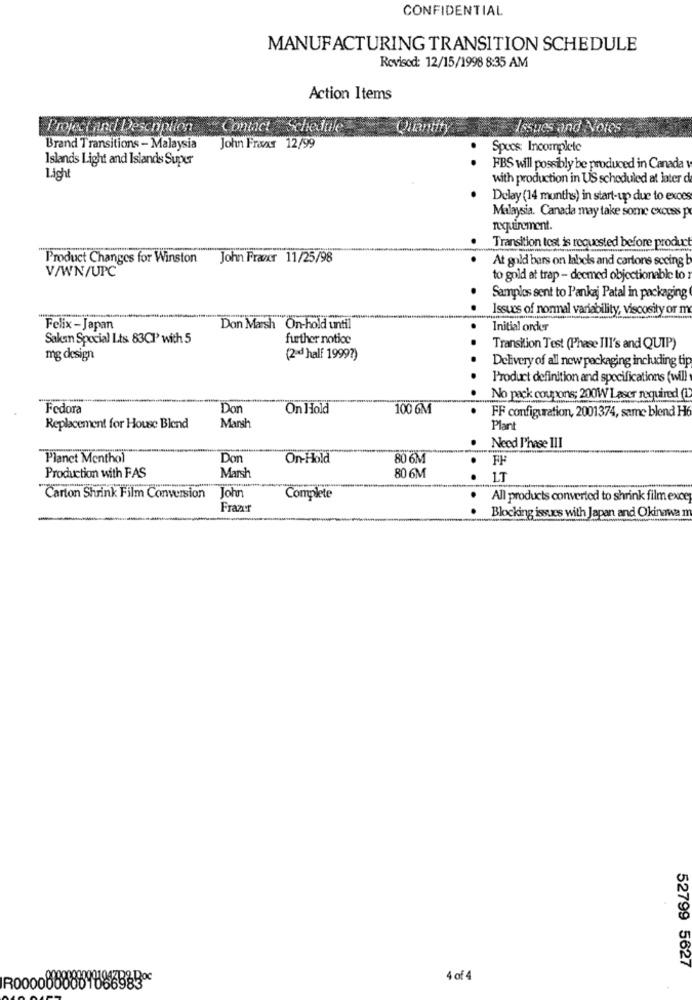
CONFIDENTIAL
MANUFACTURING TRANSITION SCHEDULE
Revised: 12/15/1998 8:35 AM
Action Items
ectand Descriplion
Contact Schedule
Quantity
Issues and Notes
Brand Transitions - Malaysia
John Fras 12/99
Specs: Incomplete
Islands Light and Islands Super
. .
FBS will possibly be produced in Canada
Light
with production in US scheduled at later d
Delay (14 months) in start-up due to exces
Malaysia. Canada may take some excess p
requirement.
Transition test is requested before product
Product Changes for Winston
John Frazer 11/25/98
At gold bars on labels and cartons secing
V/WN/UPC
to goid at trap - deemed objectionable to
Samples sent to l'ankaj Patal in packaging
. .
Issues of normal variability, viscosity or m
Felix -Japan
Don Marsh On-hold until
.
Initial order
Saken Special Lts 83Cl with 5
further notice
Transition Test (Phase Ill's and QUIP)
mg design
(2-d half 1999?)
. .
Delivery of all new packaging including tip
Product definition and specifications (will
No pack coupons; 200W Laser required (L
Fedora
Don
On Hold
100 6M
.
FF configuration, 2001374, same blend Hé
Replacement for House Blend
Marsh
Plant
.
Need l'hase III
Planet Menthol
Don
On-Hold
80 6M
FF
Marsh
.
Production with FAS
80 6M
.
LT
Carton Shrink Film Conversion John
Complete
.
All products converted to shrink film exce
Fraar
Blocking issues with Japan and Okinawa n
52799 5627
4 of 4
080801066983º